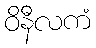
ဝိနီလကံ